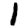
Digit: 1